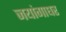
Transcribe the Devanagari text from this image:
जयांगाधर